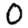
Digit: 0